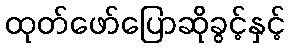
ထုတ်ဖော်ပြောဆိုခွင့်နှင့်